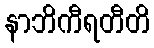
နာဘိကီရတီတိ